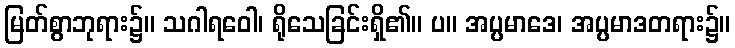
မြတ်စွာဘုရား၌။ သဂါရဝေါ၊ ရိုသေခြင်းရှိ၏။ ပ။ အပ္ပမာဒေ၊ အပ္ပမာဒတရား၌။